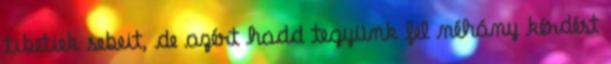
tibetiek sebeit, de azért hadd tegyünk fel néhány kérdést